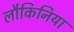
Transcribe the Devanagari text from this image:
लौकिनिया